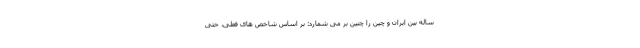
ساله بین ایران و چین را چنین بر می شمارد: بر اساس شاخص های فعلی، حتی